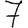
Digit: 7